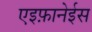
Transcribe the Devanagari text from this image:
एइफ़ानेईस